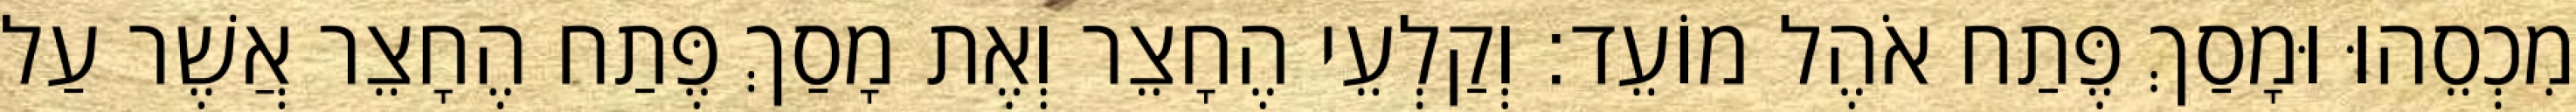
מִכְסֵהוּ וּמָסַךְ פֶּתַח אֹהֶל מוֹעֵד׃ וְקַלְעֵי הֶחָצֵר וְאֶת מָסַךְ פֶּתַח הֶחָצֵר אֲשֶׁר עַל